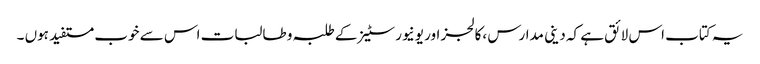
یہ کتاب اس لائق ہے کہ دینی مدارس ،کالجز اور یونیورسٹیز کے طلبہ و طالبات اس سے خوب مستفید ہوں ۔